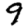
Digit: 9